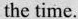
the time.